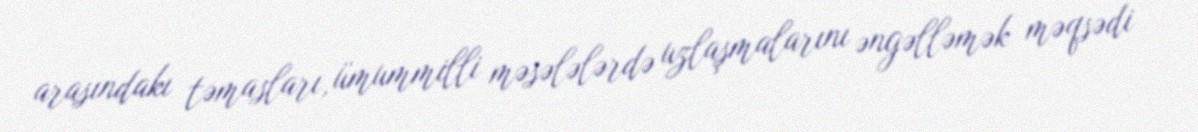
arasındakı təmasları, ümummilli məsələlərdə uzlaşmalarını əngəlləmək məqsədi